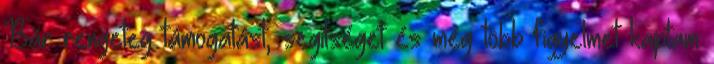
Bár rengeteg támogatást, segítséget és még több figyelmet kaptam